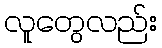
လူတွေလည်း